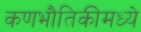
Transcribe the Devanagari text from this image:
कणभौतिकीमध्ये